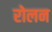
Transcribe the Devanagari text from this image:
रोलन